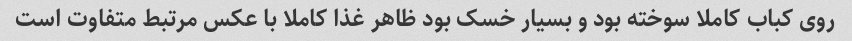
روی کباب کاملا سوخته بود و بسیار خسک بود ظاهر غذا کاملا با عکس مرتبط متفاوت است